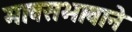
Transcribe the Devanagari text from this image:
मावसभावाने